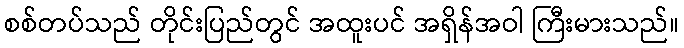
စစ်တပ်သည် တိုင်းပြည်တွင် အထူးပင် အရှိန်အဝါ ကြီးမားသည်။